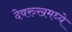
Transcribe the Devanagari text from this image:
देवरुखमध्ये